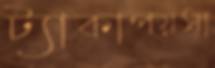
ট্যাকাপয়সা